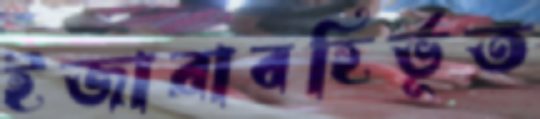
ইজারাবহির্ভূত